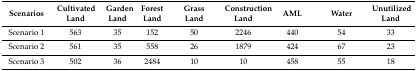
<table><thead><tr><td><b>Scenarios</b></td><td><b>Cultivated Land</b></td><td><b>Garden Land</b></td><td><b>Forest Land</b></td><td><b>Grass Land</b></td><td><b>Construction Land</b></td><td><b>AML</b></td><td><b>Water</b></td><td><b>Unutilized Land</b></td></tr></thead><tbody><tr><td>Scenario 1</td><td>563</td><td>35</td><td>152</td><td>50</td><td>2246</td><td>440</td><td>54</td><td>33</td></tr><tr><td>Scenario 2</td><td>561</td><td>35</td><td>558</td><td>26</td><td>1879</td><td>424</td><td>67</td><td>23</td></tr><tr><td>Scenario 3</td><td>502</td><td>36</td><td>2484</td><td>10</td><td>10</td><td>458</td><td>55</td><td>18</td></tr></tbody></table>